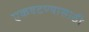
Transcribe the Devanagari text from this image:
एकवटण्यासाठी